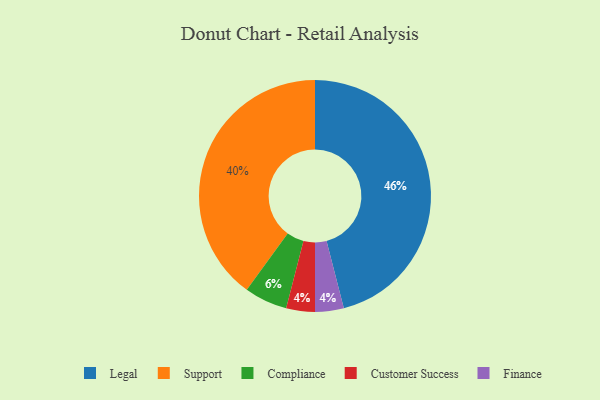
{"axis": {"x": "Category", "y": "Percentage"}, "legend": ["Compliance", "Customer Success", "Finance", "Legal", "Support"], "data": [{"x": "Customer Success", "y": 4, "type": "Customer Success"}, {"x": "Support", "y": 40, "type": "Support"}, {"x": "Finance", "y": 4, "type": "Finance"}, {"x": "Legal", "y": 46, "type": "Legal"}, {"x": "Compliance", "y": 6, "type": "Compliance"}]}